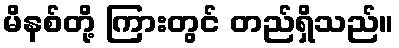
မိနစ်တို့ ကြားတွင် တည်ရှိသည်။